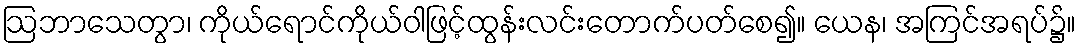
ဩဘာသေတွာ၊ ကိုယ်ရောင်ကိုယ်ဝါဖြင့်ထွန်းလင်းတောက်ပတ်စေ၍။ ယေန၊ အကြင်အရပ်၌။